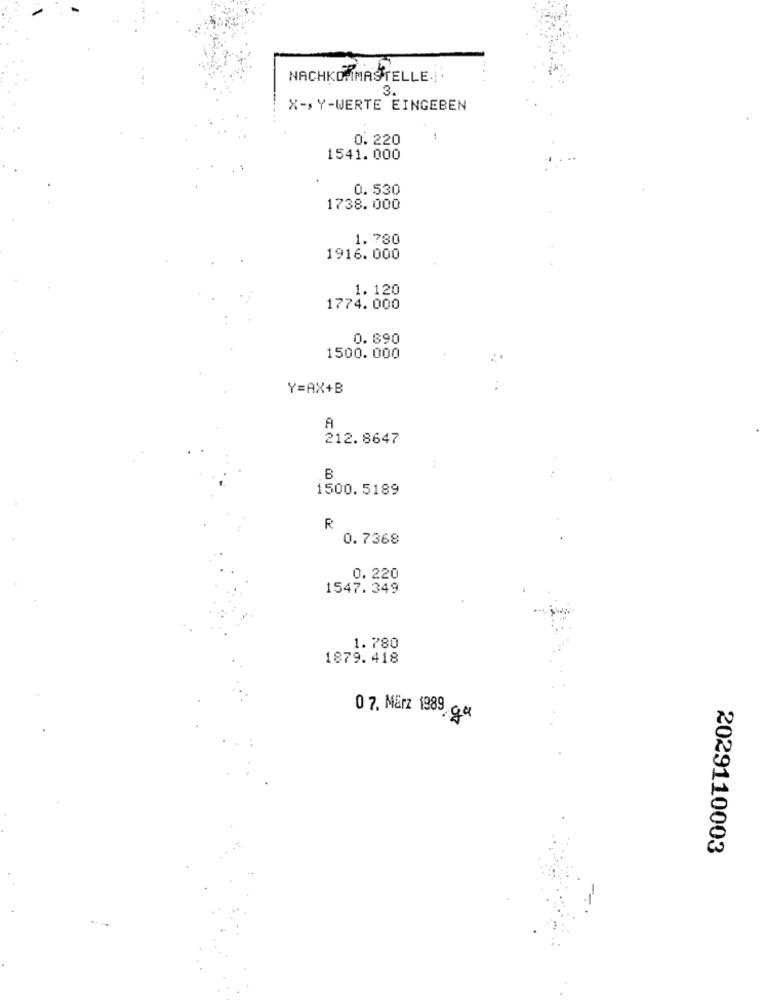
NACHKO IMASTELLE.|
3.
X -, Y-WERTE EINGEBEN
0.220
1541. 000
0.530
1738.000
1.780
1916. 000
1.120
1774.000
0. 890
1500.000
Y=AX+B
A
212. 8647
B
1500.5189
R
0.7368
0.220
1547.349
1.780
1879. 418
0 7. März 1989 g.e
2029110003